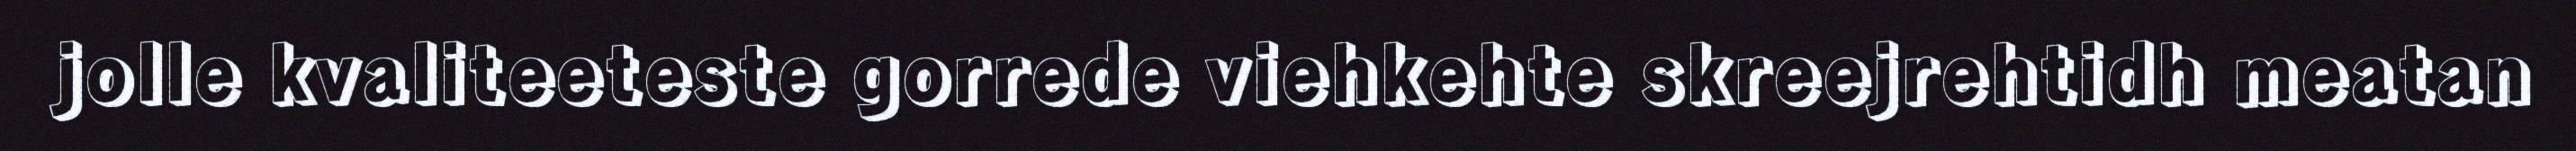
jolle kvaliteeteste gorrede viehkehte skreejrehtidh meatan